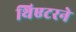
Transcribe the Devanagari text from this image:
थिएटरने